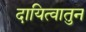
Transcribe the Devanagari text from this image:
दायित्वातुन